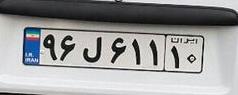
۹۶ل۶۱۱۱۰